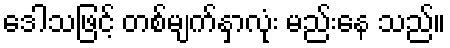
ဒေါသဖြင့် တစ်မျက်နှာလုံး မည်းနေ သည်။